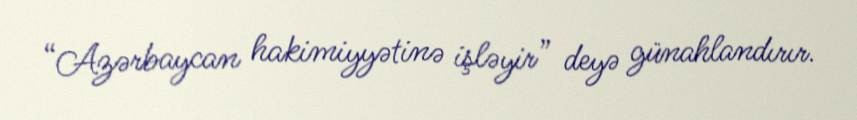
“Azərbaycan hakimiyyətinə işləyir” deyə günahlandırır.